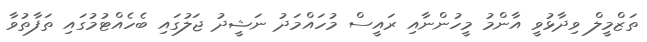
ތަޒްމީލް ވިދާޅުވީ އާންމު މީހުންނާއި ރައީސް މުހައްމަދު ނަޝީދު ޖަލުގައި ބެހެއްޓުމުގައި ތަފާތުވާ